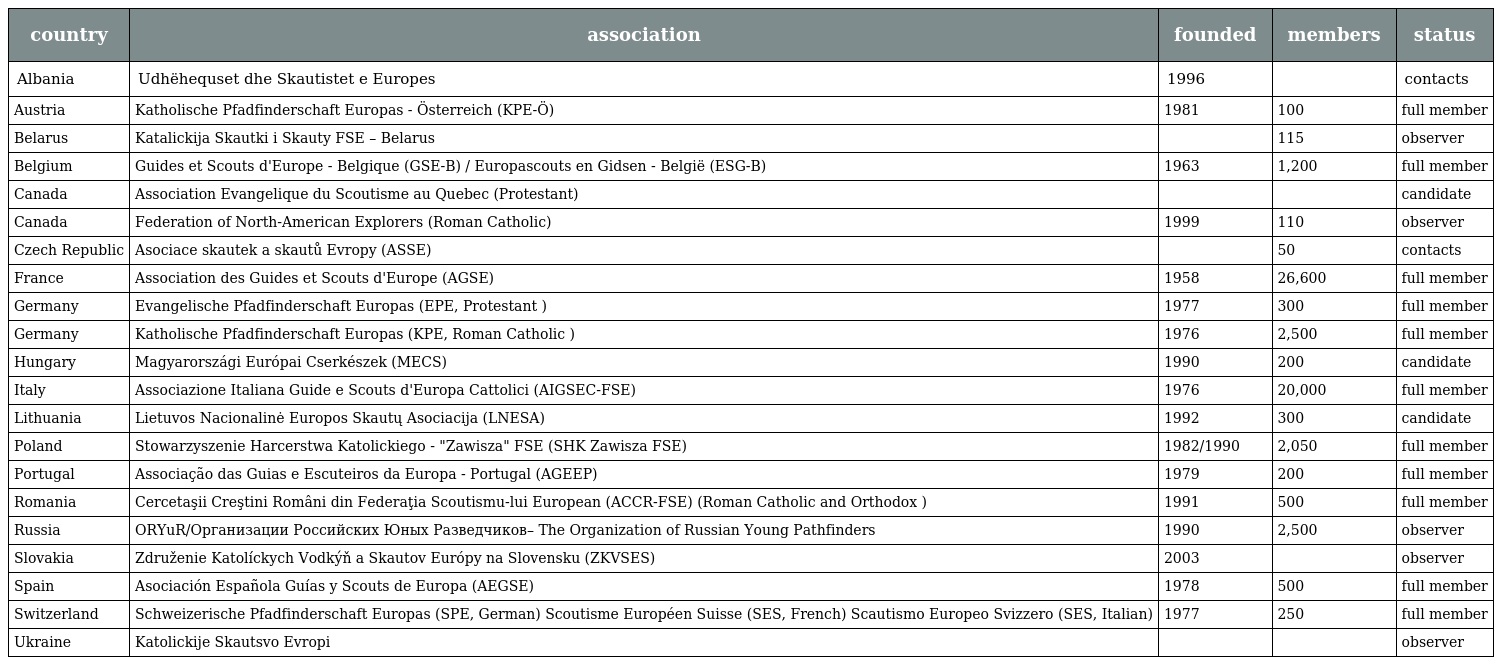
| country | association | founded | members | status |
 | --- | --- | --- | --- | --- |
 | Albania | Udhëhequset dhe Skautistet e Europes | 1996 |  | contacts |
 | Austria | Katholische Pfadfinderschaft Europas - Österreich (KPE-Ö) | 1981 | 100 | full member |
 | Belarus | Katalickija Skautki i Skauty FSE – Belarus |  | 115 | observer |
 | Belgium | Guides et Scouts d'Europe - Belgique (GSE-B) / Europascouts en Gidsen - België (ESG-B) | 1963 | 1,200 | full member |
 | Canada | Association Evangelique du Scoutisme au Quebec (Protestant) |  |  | candidate |
 | Canada | Federation of North-American Explorers (Roman Catholic) | 1999 | 110 | observer |
 | Czech Republic | Asociace skautek a skautů Evropy (ASSE) |  | 50 | contacts |
 | France | Association des Guides et Scouts d'Europe (AGSE) | 1958 | 26,600 | full member |
 | Germany | Evangelische Pfadfinderschaft Europas (EPE, Protestant ) | 1977 | 300 | full member |
 | Germany | Katholische Pfadfinderschaft Europas (KPE, Roman Catholic ) | 1976 | 2,500 | full member |
 | Hungary | Magyarországi Európai Cserkészek (MECS) | 1990 | 200 | candidate |
 | Italy | Associazione Italiana Guide e Scouts d'Europa Cattolici (AIGSEC-FSE) | 1976 | 20,000 | full member |
 | Lithuania | Lietuvos Nacionalinė Europos Skautų Asociacija (LNESA) | 1992 | 300 | candidate |
 | Poland | Stowarzyszenie Harcerstwa Katolickiego - "Zawisza" FSE (SHK Zawisza FSE) | 1982/1990 | 2,050 | full member |
 | Portugal | Associação das Guias e Escuteiros da Europa - Portugal (AGEEP) | 1979 | 200 | full member |
 | Romania | Cercetaşii Creştini Români din Federaţia Scoutismu-lui European (ACCR-FSE) (Roman Catholic and Orthodox ) | 1991 | 500 | full member |
 | Russia | ORYuR/Организации Российских Юных Разведчиков– The Organization of Russian Young Pathfinders | 1990 | 2,500 | observer |
 | Slovakia | Združenie Katolíckych Vodkýň a Skautov Európy na Slovensku (ZKVSES) | 2003 |  | observer |
 | Spain | Asociación Española Guías y Scouts de Europa (AEGSE) | 1978 | 500 | full member |
 | Switzerland | Schweizerische Pfadfinderschaft Europas (SPE, German) Scoutisme Européen Suisse (SES, French) Scautismo Europeo Svizzero (SES, Italian) | 1977 | 250 | full member |
 | Ukraine | Katolickije Skautsvo Evropi |  |  | observer |